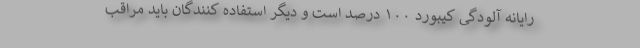
رایانه آلودگی کیبورد ۱۰۰ درصد است و دیگر استفاده کنندگان باید مراقب